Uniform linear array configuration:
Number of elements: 16
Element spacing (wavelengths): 1
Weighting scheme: cosine
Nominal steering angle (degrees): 0
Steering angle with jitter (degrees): -0.8197
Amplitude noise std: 0.05
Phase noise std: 0.05

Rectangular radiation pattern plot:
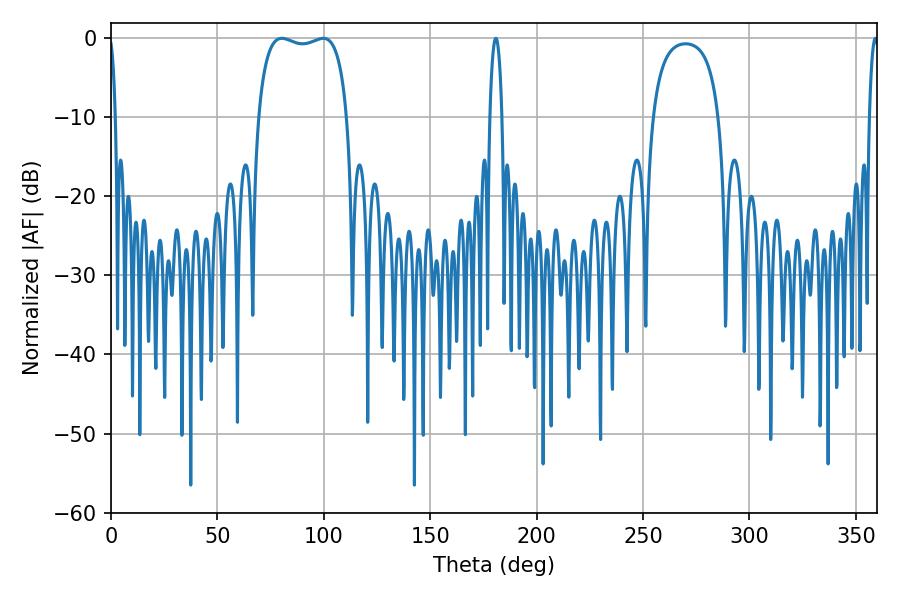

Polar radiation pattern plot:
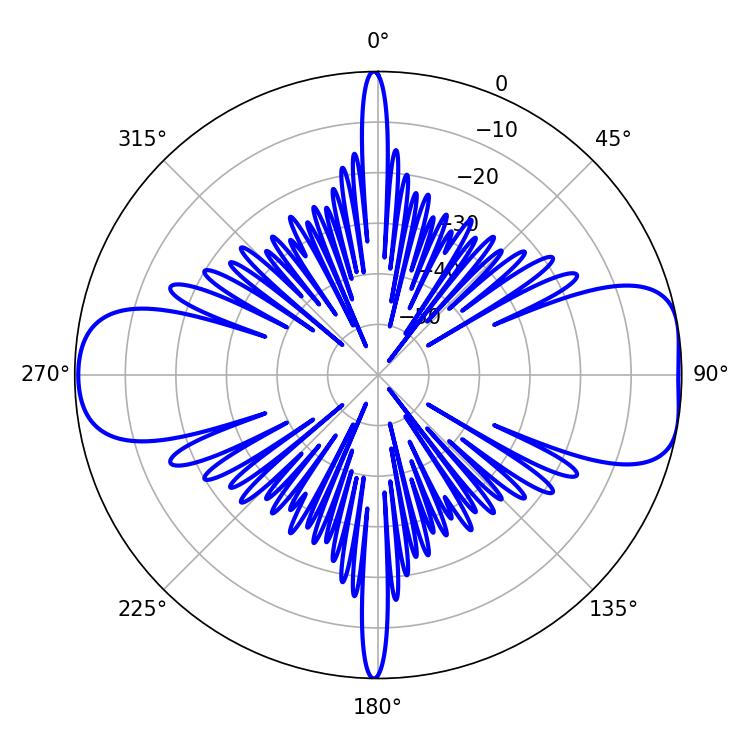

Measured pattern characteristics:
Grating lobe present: TRUE
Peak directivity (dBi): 9.199
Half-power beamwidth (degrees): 33.84
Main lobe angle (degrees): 80.28